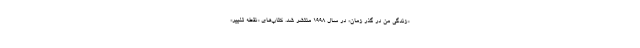
«زندگی من در گذر زمان» در سال ۱۹۹۸ منتشر شد. کتاب‌های «نقطه تغییر»